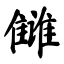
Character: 雠